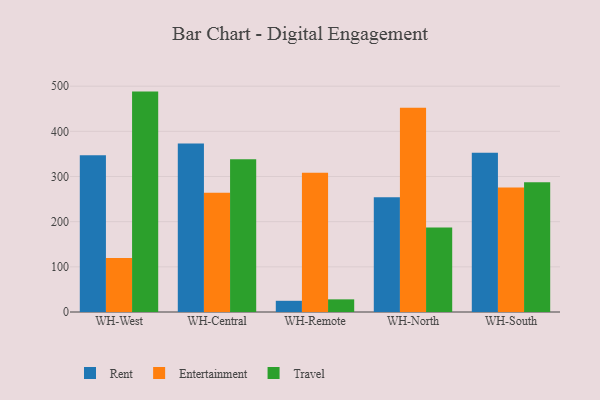
{"axis": {"x": "Warehouse", "y": "Operating Costs (USD K)"}, "legend": ["Entertainment", "Rent", "Travel"], "data": [{"x": "WH-West", "y": 347.3, "type": "Rent"}, {"x": "WH-West", "y": 119.4, "type": "Entertainment"}, {"x": "WH-West", "y": 488.0, "type": "Travel"}, {"x": "WH-Central", "y": 373.3, "type": "Rent"}, {"x": "WH-Central", "y": 264.3, "type": "Entertainment"}, {"x": "WH-Central", "y": 338.4, "type": "Travel"}, {"x": "WH-Remote", "y": 24.8, "type": "Rent"}, {"x": "WH-Remote", "y": 308.1, "type": "Entertainment"}, {"x": "WH-Remote", "y": 28.0, "type": "Travel"}, {"x": "WH-North", "y": 254.1, "type": "Rent"}, {"x": "WH-North", "y": 452.0, "type": "Entertainment"}, {"x": "WH-North", "y": 187.0, "type": "Travel"}, {"x": "WH-South", "y": 352.5, "type": "Rent"}, {"x": "WH-South", "y": 275.5, "type": "Entertainment"}, {"x": "WH-South", "y": 287.2, "type": "Travel"}]}